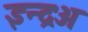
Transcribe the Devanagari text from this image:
इन्द्रःअ